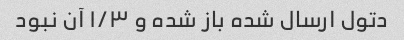
دتول ارسال شده باز شده و ۱/۳ آن نبود